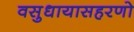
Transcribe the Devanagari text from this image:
वसुधायासहरणो